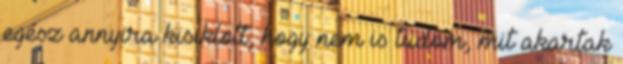
egész annyira kisiklott, hogy nem is tudom, mit akartak